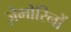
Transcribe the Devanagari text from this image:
ज़ेमोरिनों